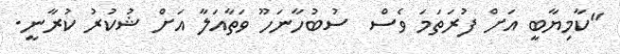
"ކާމިޔާބީ އަށް ފުރަތަމަ ވެސް  ސުބުހާނަހޫ ވަތާއަލާ އަށް ޝުކުރު ކުރާނީ.